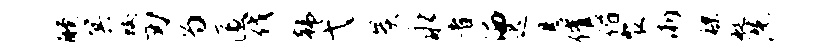
醺冥蛟刃为匿伐韩弋炭永者洒迟悬催偕裴淅裸艇洗